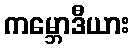
ကမ္ဘောဒီယား